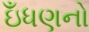
ઇઁધણનો